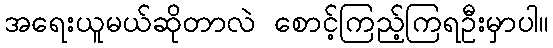
အရေးယူမယ်ဆိုတာလဲ စောင့်ကြည့်ကြရဦးမှာပါ။